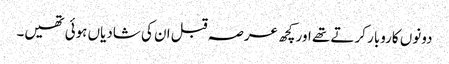
دونوں کاروبار کرتے تھے اور کچھ عرصہ قبل ان کی شادیاں ہوئی تھیں۔